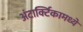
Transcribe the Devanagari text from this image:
अंटार्क्टिकामध्ये